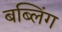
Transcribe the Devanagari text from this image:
बब्लिंग